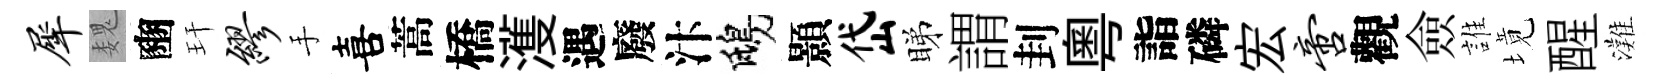
犀魏豳玕缪手喜蒿橋濩遇廢汴鴟顥岱睇謂刲粵詣磷宏啻觀僉誰境醒灘